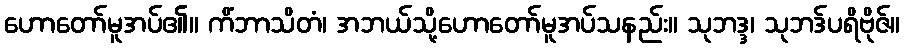
ဟောတော်မူအပ်၏။ ကိံဘာသိတံ၊ အဘယ်သို့ဟောတော်မူအပ်သနည်း။ သုဘဒ္ဒ၊ သုဘဒ်ပရိဗိုဇ်။